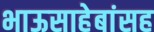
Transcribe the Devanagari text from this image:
भाऊसाहेबांसह